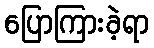
ပြောကြားခဲ့ရာ